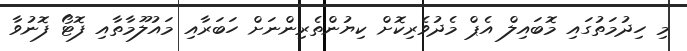
މި ހިދުމަތުގައި މޮބައިލް އެޕް މެދުވެރިކޮށް ކިޔުންތެރިންނަށް ހަބަރާއި މައުލޫމާތާއި ފޮޓޯ ފޮނުވާ